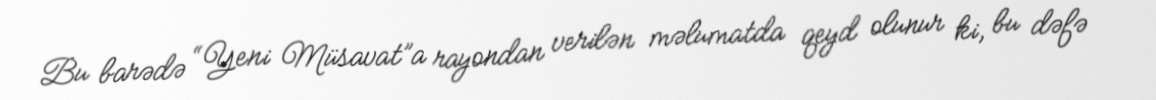
Bu barədə “Yeni Müsavat”a rayondan verilən məlumatda qeyd olunur ki, bu dəfə